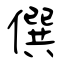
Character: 僎